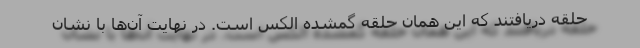
حلقه دریافتند که این همان حلقه گمشده الکس است. در نهایت آن‌ها با نشان